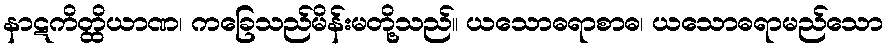
နာဋကိတ္ထိယာဏ၊ ကခြေသည်မိန်းမတို့သည်။ ယသောဓရာစာဓ၊ ယသောဓရာမည်သော